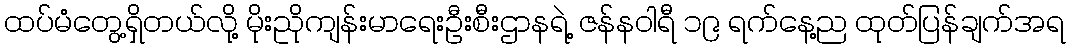
ထပ်မံတွေ့ရှိတယ်လို့ မိုးညိုကျန်းမာရေးဦးစီးဌာနရဲ့ ဇန်နဝါရီ ၁၉ ရက်နေ့ည ထုတ်ပြန်ချက်အရ